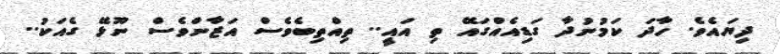
ދިޔައެވެ. ހާދަ ކަމުނުދާ ގަޑިއެއްގައޭ ތި އައީ.. ތިއްތިބެވެސް އަޒާންވެސް ނޫޅޭ ގެއަކު..